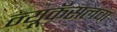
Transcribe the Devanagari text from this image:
न्यूकॅसलचा